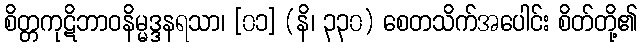
စိတ္တကုဋိဘာဝနိမ္မဒ္ဒနရသာ၊ [၀၁] (နိ၊ ၃၃၀) စေတသိက်အပေါင်း စိတ်တို့၏